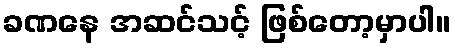
ခဏနေ အဆင်သင့် ဖြစ်တော့မှာပါ။